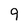
Character: 9